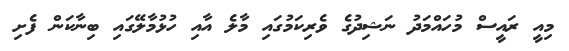
މިއީ ރައީސް މުހައްމަދު ނަޝިދުގެ ވެރިކަމުގައި މާލެ އާއި ހުޅުމާލޭގައި ބިނާކަން ފެށި